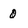
Character: 0